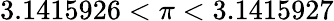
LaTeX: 3.1415926<\pi<3.1415927